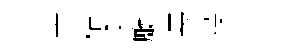
亦䊀爻廳長葆